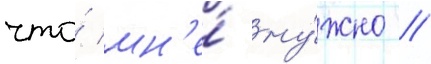
что́ мн'е́ ну́жно //